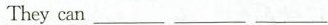
They can___ ___ ___